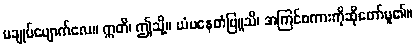
မချုပ်ပျောက်လေ။ ဣတိ၊ ဤသို့။ ယံပနေတံဗြူသိ၊ အကြင်စကားကိုဆိုတော်မူ၏။